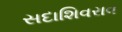
સદાશિવરાવ